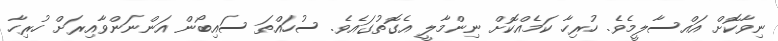
ނިވާކޮށް އައްސާލީމެވެ. ހުރިހާ ކަމެއްކޮށް ނިންމާލީ އެގޮތުގައެވެ. ސުހައްތަ ސައިބޯން އަންނަންވާއިރަށް ހުރިހާ